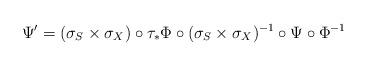
LaTeX: \begin{align*}\Psi' & =(\sigma_{S}\times\sigma_{X})\circ\tau_{*}\Phi\circ(\sigma_{S}\times\sigma_{X})^{-1}\circ\Psi\circ\Phi^{-1}\end{align*}